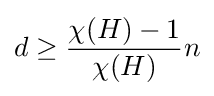
d\geq {\frac {\chi (H)-1}{\chi (H)}}n